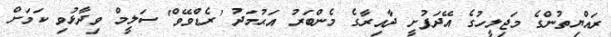
ރައްޔިތުންގެ މަޖިލީހުގެ އޭދަފުށީ ދާއިރާގެ މެންބަރު އަޙުމަދު 'ރެޑްވޭވް' ސަލީމް ވިދާޅުވި ކަމަށް